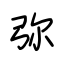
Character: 弥